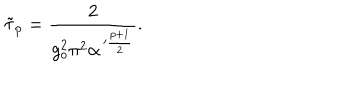
LaTeX: \tilde { \tau } _ { p } = \frac { 2 } { g _ { o } ^ { 2 } \pi ^ { 2 } \alpha ^ { \, \prime \frac { p + 1 } { 2 } } } .